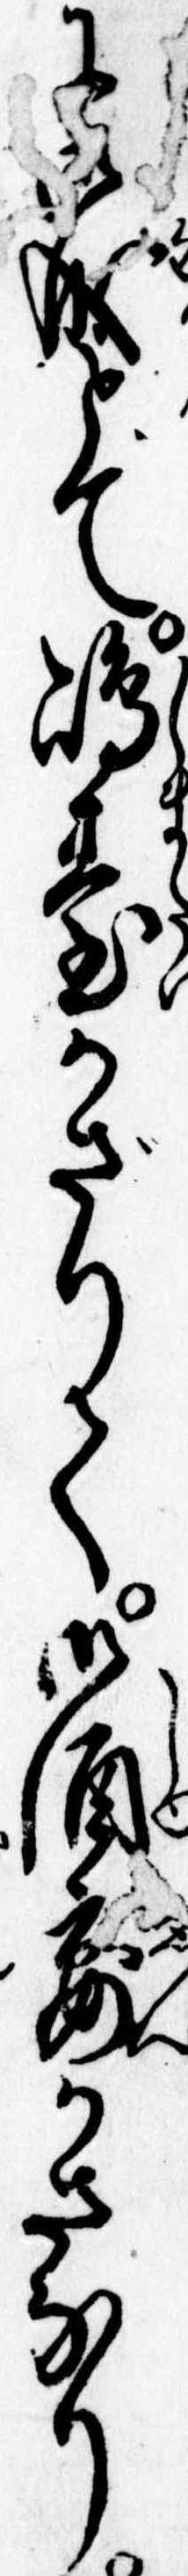
に成とて島台かざりて御酒宴かさなり